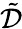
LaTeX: \tilde{\cal D}